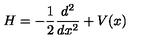
H = - \frac 1 2 \frac { d ^ { 2 } } { d x ^ { 2 } } + V ( x )